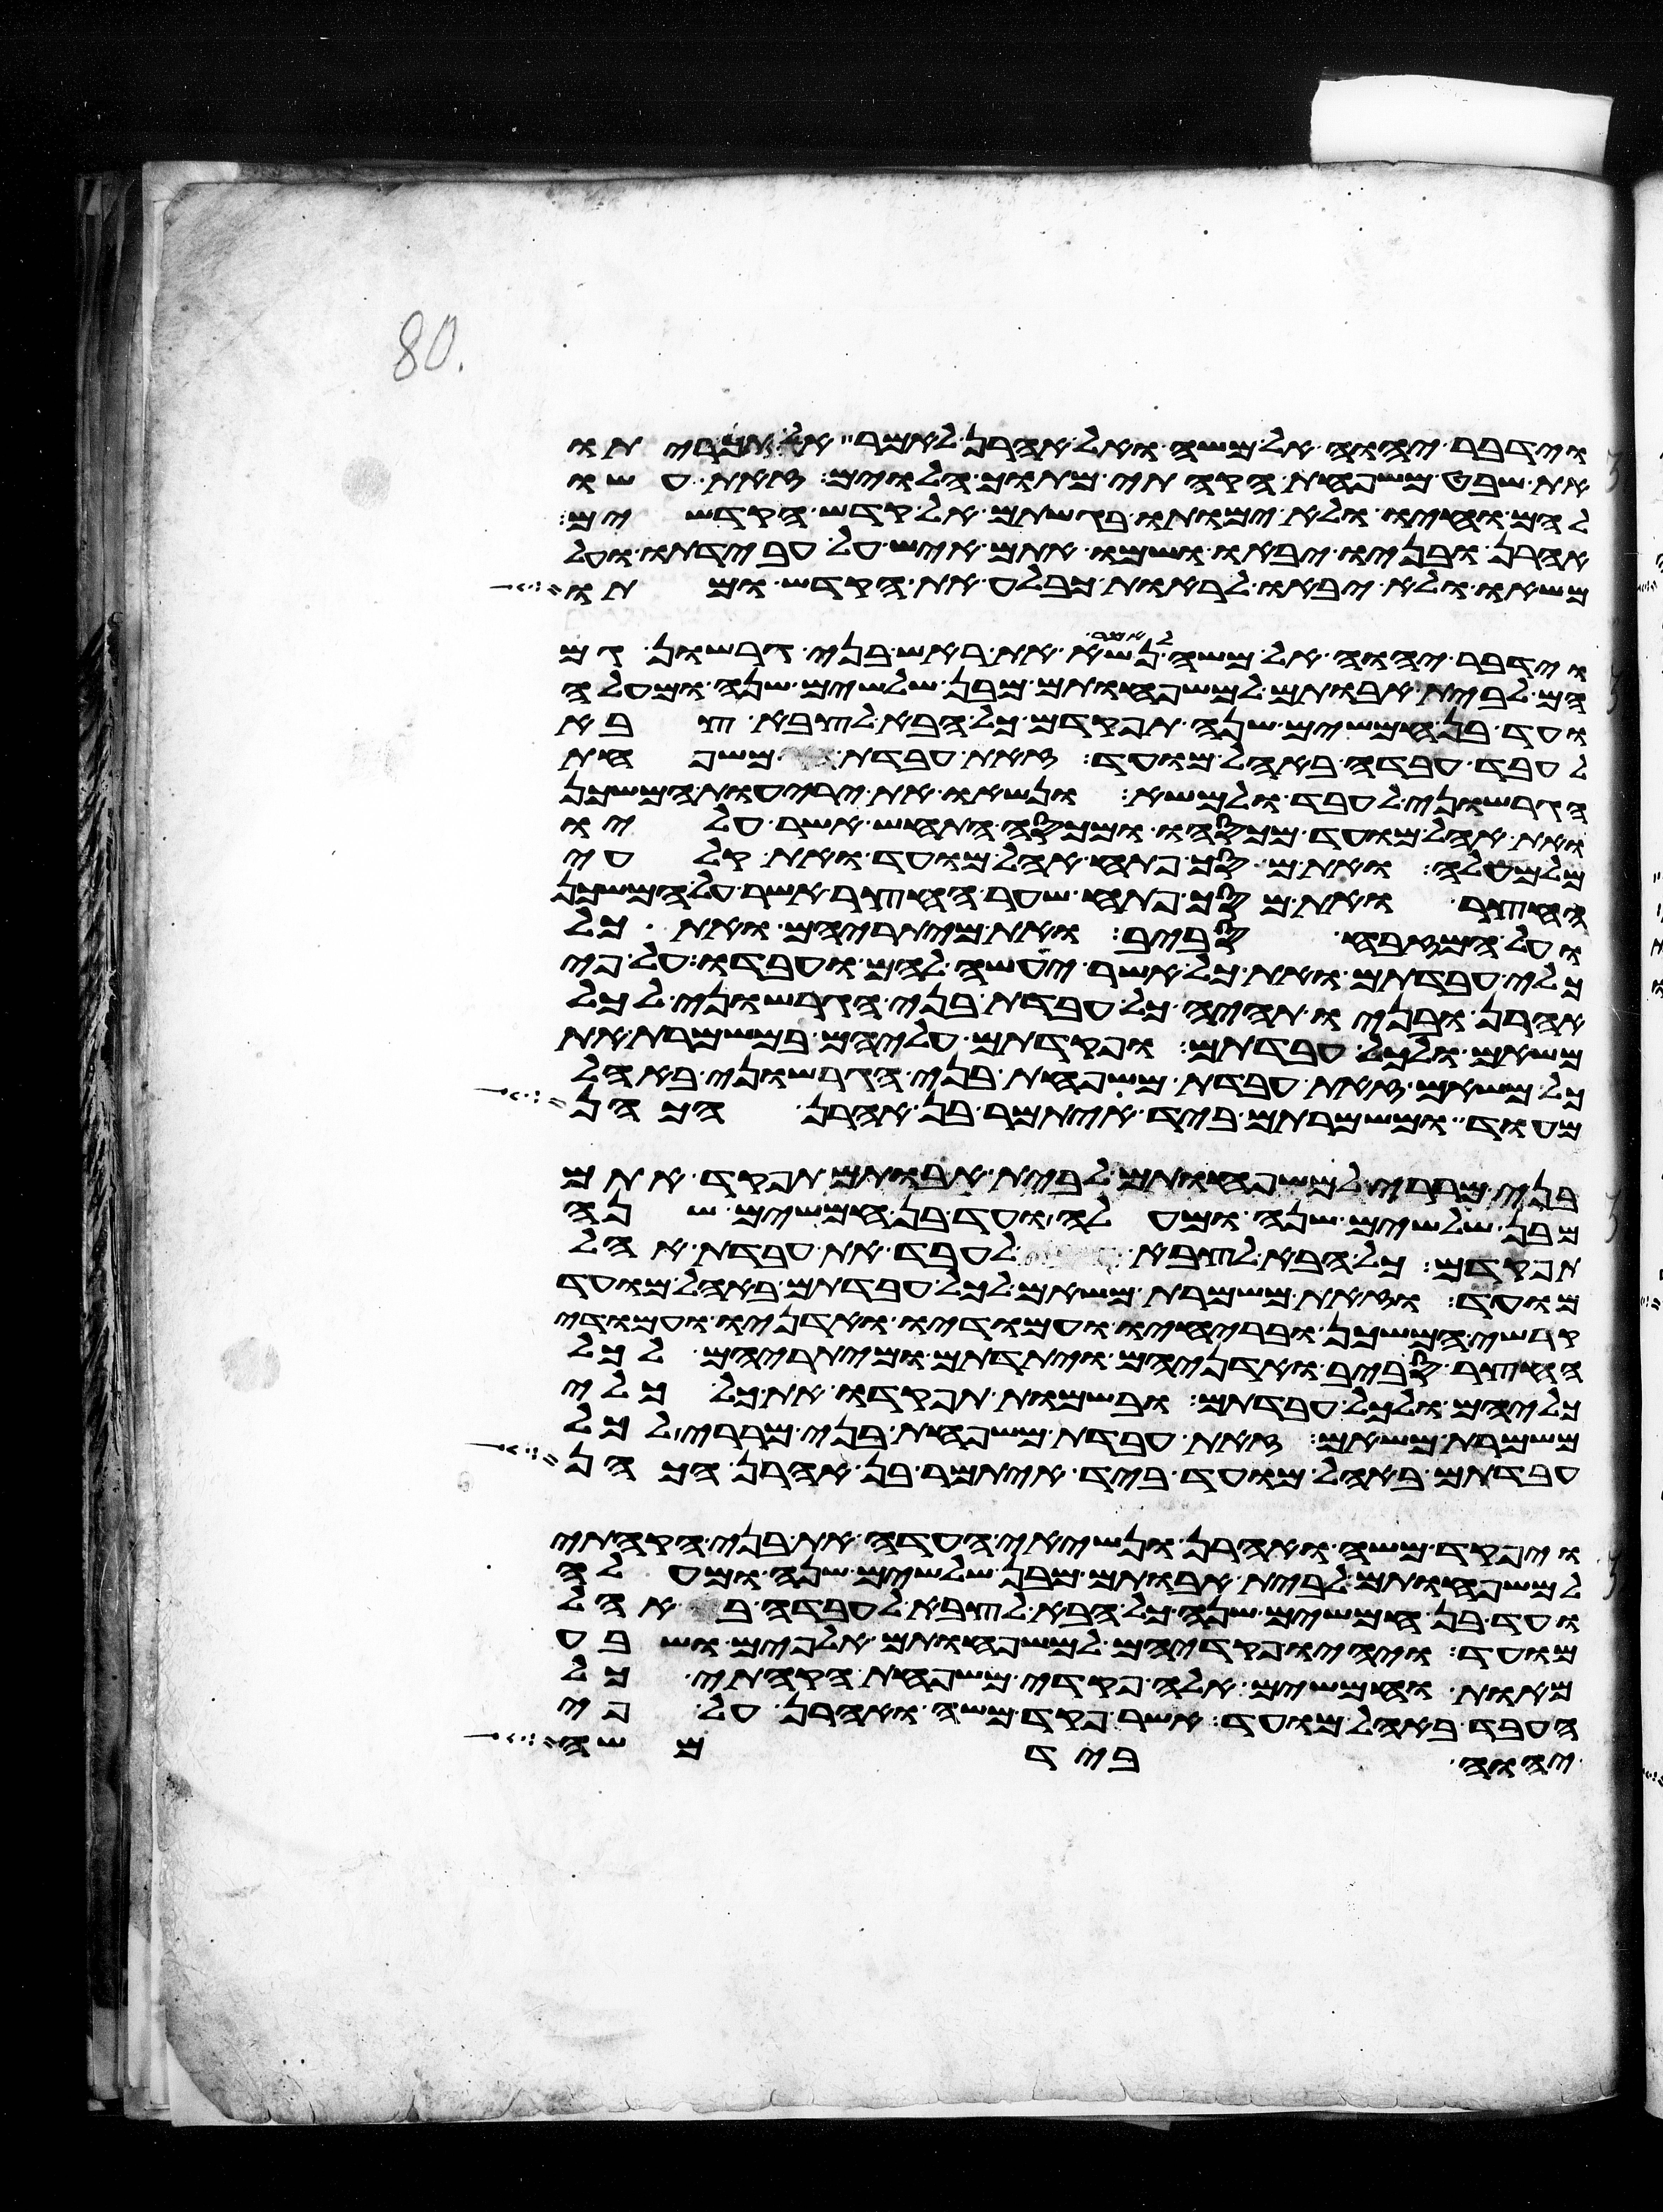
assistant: וידבר יהוה אל משה ואל אהרן לאמר אל תכריתו
את שבט משפחת הקהתי מתוך הלוים זאת עשו
להם וחיו ולא ימותו בגשתם אל קדש הקדשים
אהרן ובניו יבאו ושמו אתם איש על עבדתו ועל
משאו ולא יבאו לראות כבלע את הקדש ומתו
וידבר יהוה אל משה לאמר נשא את ראש בני גרשון גם
הם לבית אבותם למשפחותם מבן שלשים שנה ומעלה
ועד בן חמשים שנה תפקד אתם כל הבא לצבא צבא
לעבד עבדה באהל מועד זאת עבדת משפחת
הגרשוני לעבד ולמשא ונשאו את יריעות המשכן
ואת אהל מועד מכסהו ומכסה התחש אשר עליו
מלמעלה ואת מסך פתח אהל מועד ואת קלעי
החצר ואת מסך פתח שער החצר אשר על המשכן
ועל המזבח סביב ואת מיתריהם ואת כל
כלי עבדתם ואת כל אשר יעשה להם ועבדו על פי
אהרן ובניו תהיה כל עבדת בני הגרשוני לכל
משאם ולכל עבדתם ופקדתם עליהם במשמרת את
כל משאם זאת עבדת משפחת בני הגרשוני באהל
מועד ומשמרתם ביד איתמר בן אהרן הכהן
בני מררי למשפחותם לבית אבותם תפקד אתם
מבן שלשים שנה ומעלה ועד בן חמשים שנה
תפקדם כל הבא לצבא לעבד את עבדת אהל
מועד וזאת משמרת משאם לכל עבדתם באהל מועד
קרשי המשכן ובריחיו ועמודיו ואדניו ועמודי
החצר סביב ואדניהם ויתדתם ומיתריהם לכל
כליהם ולכל עבדתם ובשמות תפקדו את כל כלי
משמרת משאם זאת עבדת משפחת בני מררי לכל
עבדתם באהל מועד ביד איתמר בן אהרן הכהן
ויפקד משה ואהרן ונשיאי העדה את בני הקהתי
למשפחותם לבית אבותם מבן שלשים שנה ומעלה
ועד בן חמשים שנה כל הבא לצבא לעבדה באהל
מועד ויהיו פקדיהם למשפחותם אלפים ושבע
מאות וחמשים אלה פקדי משפחת הקהתי כל
העבד באהל מועד אשר פקד משה ואהרן על פי
יהוה ביד משה